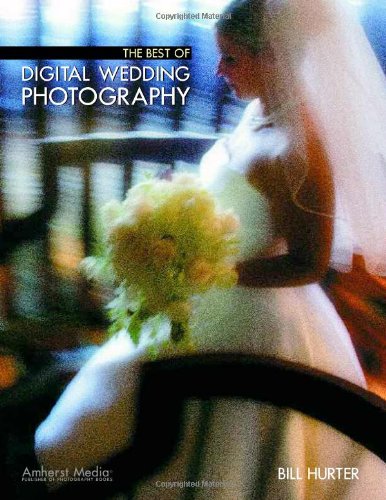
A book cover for The Best of Digital Wedding Photography (Masters); Bill Hurter; Crafts, Hobbies & Home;